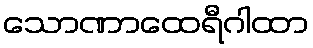
သောဏာထေရီဂါထာ